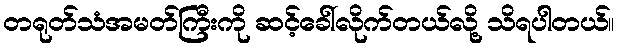
တရုတ်သံအမတ်ကြီးကို ဆင့်ခေါ်လိုက်တယ်လို့ သိရပါတယ်။